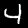
Digit: 4